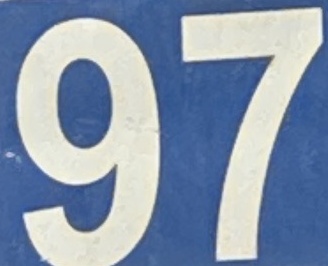
97